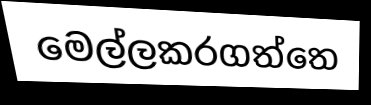
මෙල්ලකරගත්තෙ